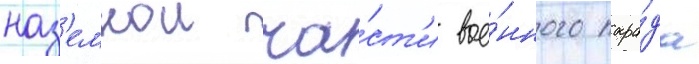
наз'емнои ча́ст'и вое́нного пара́да